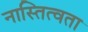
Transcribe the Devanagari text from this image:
नास्तित्वता